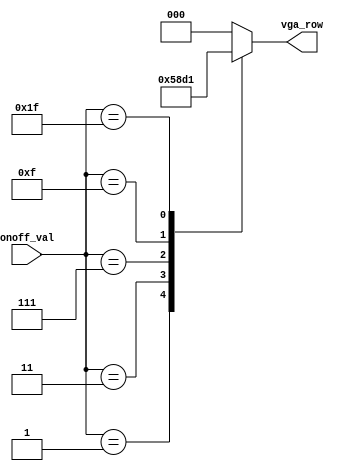
module find_vga_row(
    input [5:0] onoff_val, 
    output reg [2:0] vga_row);
    
    /* set vga_row to be the value of the row to put in the most
    recent piece 
    top row is 0
    bottom row is 5 */
    always @(*) begin
        case (onoff_val)
            6'b000001: vga_row = 3'd5;
            6'b000011: vga_row = 3'd4;
            6'b000111: vga_row = 3'd3;
            6'b001111: vga_row = 3'd2;
            6'b011111: vga_row = 3'd1;
            6'b111111: vga_row = 3'd0;
            default: vga_row = 3'd0;
        endcase
    end
    
    
endmodule